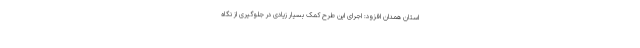
استان همدان افزود: اجرای این طرح کمک بسیار زیادی در جلوگیری از نگاه